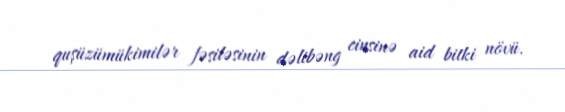
quşüzümükimilər fəsiləsinin dəlibəng cinsinə aid bitki növü.